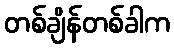
တစ်ချိန်တစ်ခါက